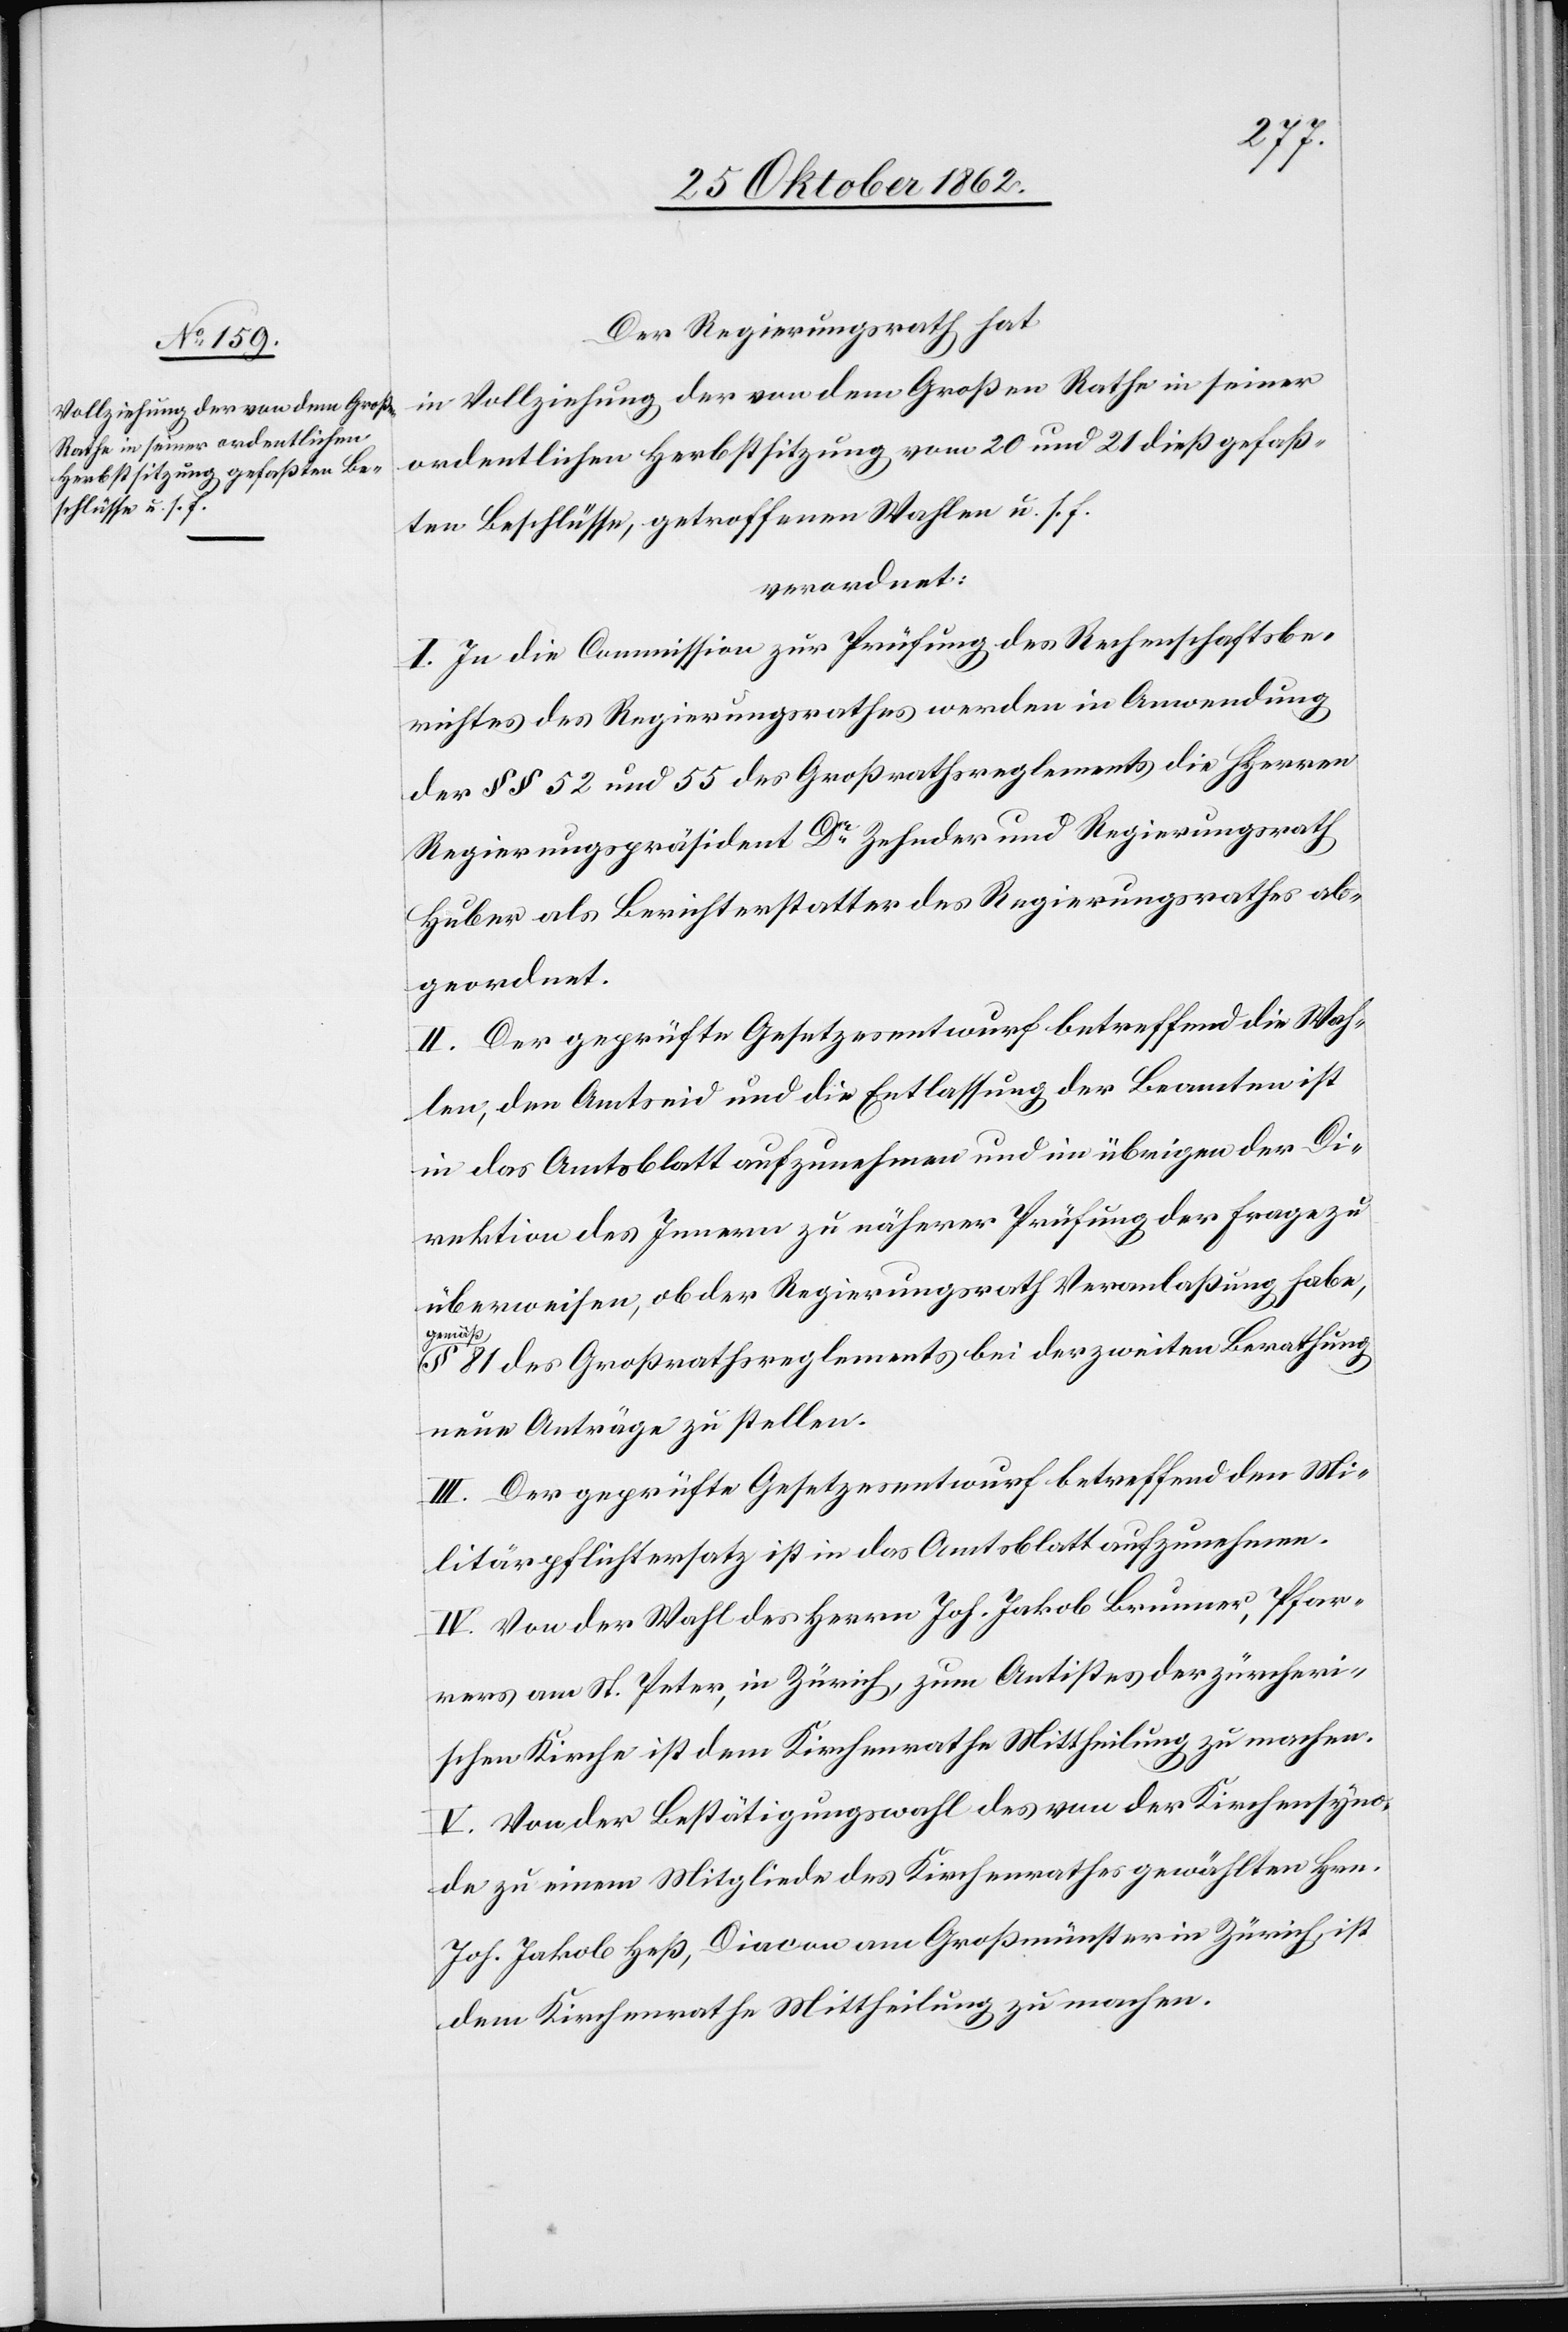
Der Regierungsrath hat
in Vollziehung der von dem Großen Rathe in seiner
ordentlichen Herbstsitzung vom 20 und 21. dieß gefaß¬
ten Beschlüsse, getroffenen Wahlen u. s. f.
verordnet:
I. In die Commission zur Prüfung des Rechenschaftsbe¬
richtes des Regierungsrathes werden in Anwendung
der §§ 52 und 55 des Großrathsreglements die Herren
Regierungspräsident Dr. Zehnder und Regierungsrath
Huber als Berichterstatter des Regierungsrathes ab¬
geordnet.
II. Der geprüfte Gesetzesentwurf betreffend die Wah¬
len, den Amtseid und die Entlassung der Beamten ist
in das Amtsblatt aufzunehmen und im übrigen der Di¬
rektion des Innern zu näherer Prüfung der Frage zu
überweisen, ob der Regierungsrath Veranlaßung habe,
gemäß
§ 81 des Großrathsreglements bei der zweiten Berathung
neue Anträge zu stellen.
III. Der geprüfte Gesetzesentwurf betreffend den Mi¬
litärpflichtersatz ist in das Amtsblatt aufzunehmen.
IV. Von der Wahl des Herrn Joh. Jakob Brunner, Pfar¬
rers am St. Peter, in Zürich, zum Antistes der zürcheri¬
schen Kirche ist dem Kirchenrathe Mittheilung zu machen.
V. Von der Bestätigungswahl des von der Kirchensyno¬
de zu einem Mitgliede des Kirchenrathes gewählten Hrn.
Joh. Jakob Heß, Diacon am Großmünster in Zürich, ist
dem Kirchenrathe Mittheilung zu machen.